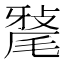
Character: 𭯠